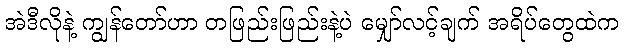
အဲဒီလိုနဲ့ ကျွန်တော်ဟာ တဖြည်းဖြည်းနဲ့ပဲ မျှော်လင့်ချက် အရိပ်တွေထဲက